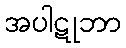
အပါဋုဘာ